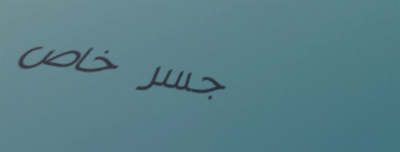
جسر خاص